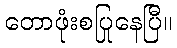
တောဖုံးစပြုနေပြီ။